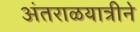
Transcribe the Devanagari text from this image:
अंतराळयात्रीने